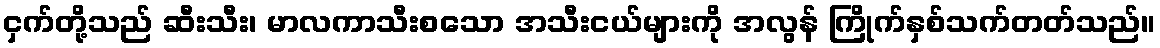
ငှက်တို့သည် ဆီးသီး၊ မာလကာသီးစသော အသီးငယ်များကို အလွန် ကြိုက်နှစ်သက်တတ်သည်။